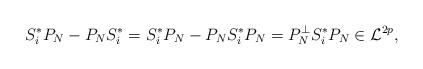
LaTeX: \begin{align*}S^*_i P_N - P_N S^*_i = S^*_i P_N - P_N S^*_i P_N = P_N^\perp S^*_i P_N \in \mathcal{L}^{2p} ,\end{align*}